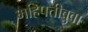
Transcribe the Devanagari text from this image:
महिपतीबुवा